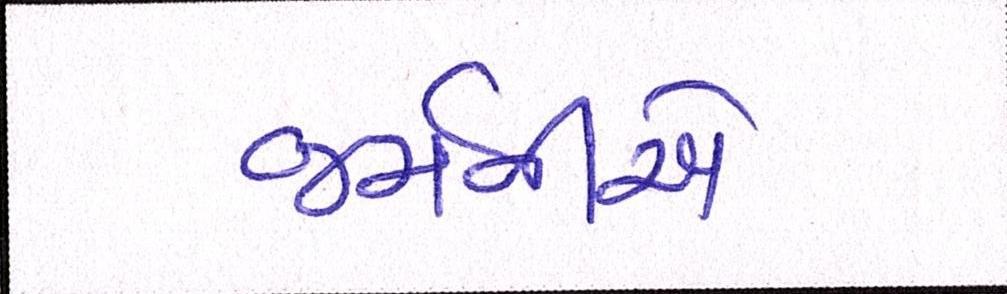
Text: જર્મનીએ